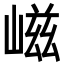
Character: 嵫